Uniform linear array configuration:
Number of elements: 32
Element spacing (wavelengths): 0.5
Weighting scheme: exponential
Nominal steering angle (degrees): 60
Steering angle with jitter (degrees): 58.753
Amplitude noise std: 0.05
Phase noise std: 0.05

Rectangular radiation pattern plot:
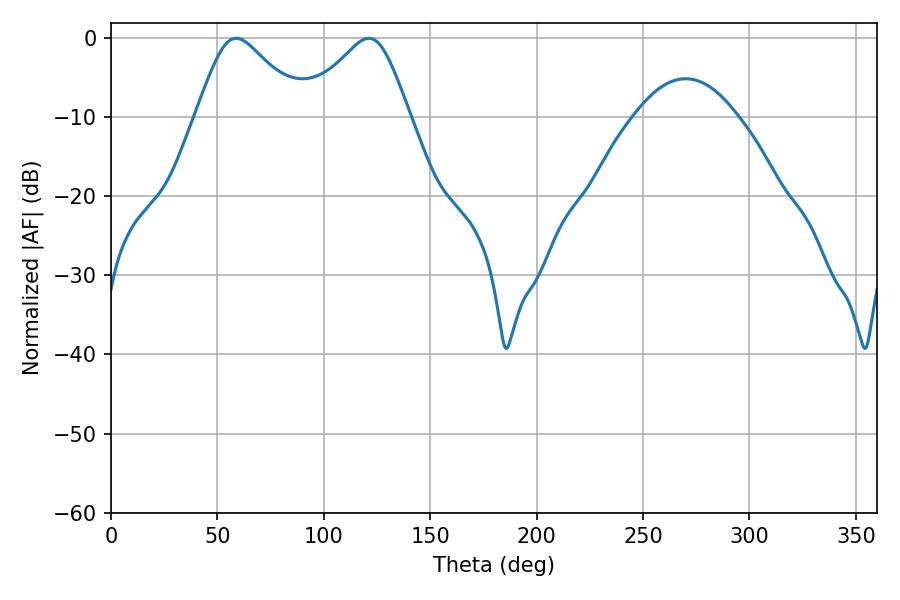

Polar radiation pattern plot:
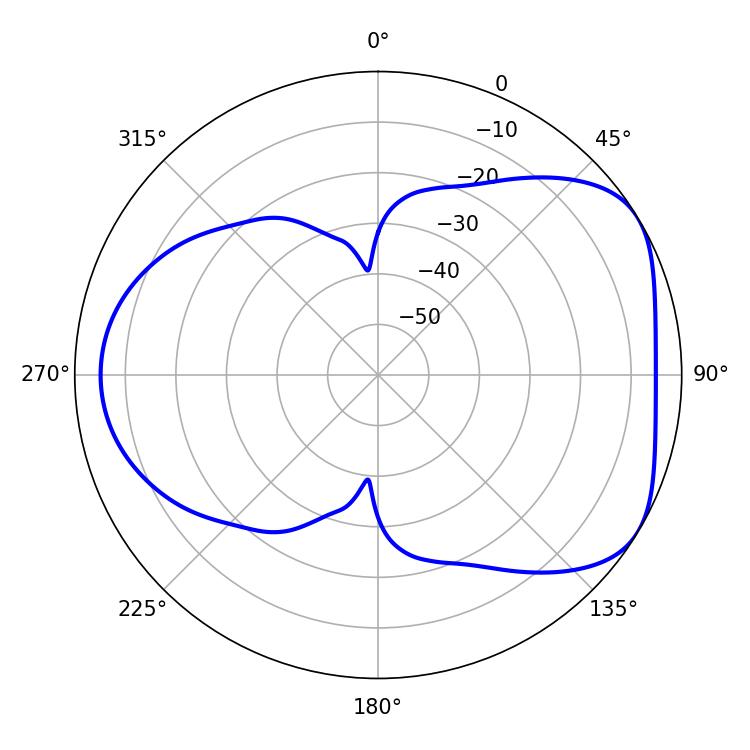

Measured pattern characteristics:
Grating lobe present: FALSE
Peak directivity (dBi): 4.884
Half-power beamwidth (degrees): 24.48
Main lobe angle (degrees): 58.86